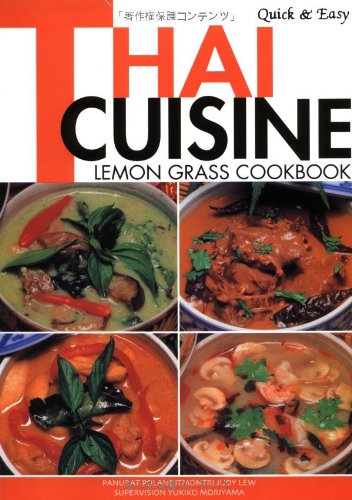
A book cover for Quick & Easy Thai Cuisine: Lemon Grass Cookbook (Quick and Easy Cookbooks Series); Panurat Poladitmontri; Cookbooks, Food & Wine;